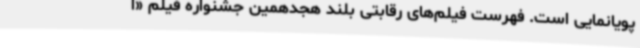
پویانمایی است. فهرست فیلم‌های رقابتی بلند هجدهمین جشنواره فیلم «ا